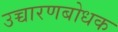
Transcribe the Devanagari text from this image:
उच्चारणबोधक